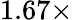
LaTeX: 1.67\times